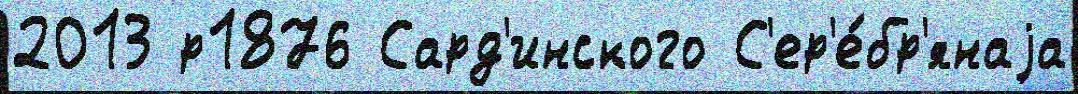
2013 р1876 Сард'инского С'ер'е́бр'янаjа